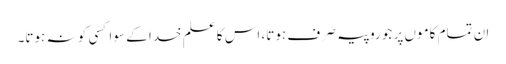
ان تمام کاموں پر جو روپیہ صَرف ہوتا، اس کا علم خدا کے سوا کسی کو نہ ہوتا۔